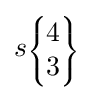
s\scriptstyle {\begin{Bmatrix}4\\3\end{Bmatrix}}